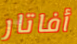
أفاتار